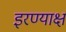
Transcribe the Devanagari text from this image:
इरण्याक्ष